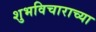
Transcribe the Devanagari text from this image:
शुभविचाराच्या